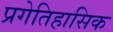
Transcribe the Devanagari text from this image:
प्रगेतिहासिक